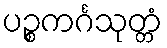
ပဉ္စကင်္ဂသုတ္တံ